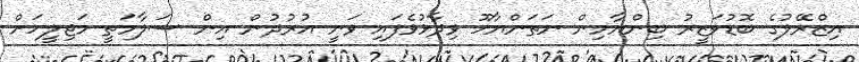
އިޒްރޭލުގެ ބޮޑުވަޒީރު ބިންޔާމިން ނަތަންޔާހޫ ވިދާޅުވެފައި ވަނީ އުރުދުން އިން ސަލާމަތީ މަޖިލީހަށް